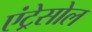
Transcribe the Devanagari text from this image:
एंट्रेसोल